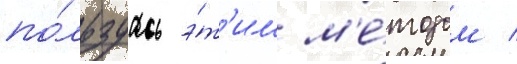
по́льзуась э́т'им м'е́тодом /